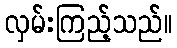
လှမ်းကြည့်သည်။